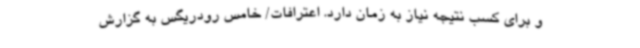
و برای کسب نتیجه نیاز به زمان دارد. اعترافات/ خامس رودریگس به گزارش